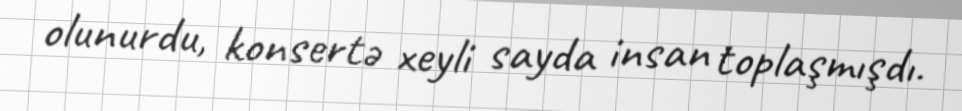
olunurdu, konsertə xeyli sayda insan toplaşmışdı.